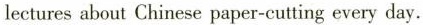
lectures about Chinese paper-cutting every day.